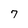
Character: 7